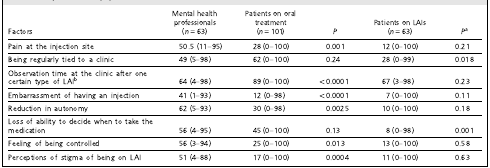
| Factors | Mental healthprofessionals(n = 63) | Patients on oraltreatment(n = 101) | P | Patients on LAIs(n = 63) | Pa |
 | --- | --- | --- | --- | --- | --- |
 | Pain at the injection site | 50.5 (11–95) | 28 (0–100) | 0.001 | 12 (0–100) | 0.21 |
 | Being regularly tied to a clinic | 49 (5–98) | 62 (0–100) | 0.24 | 28 (0–99) | 0.018 |
 | Observation time at the clinic after onecertain type of LAIb | 64 (4–98) | 89 (0–100) | <0.0001 | 67 (3–98) | 0.23 |
 | Embarrassment of having an injection | 41 (1–93) | 12 (0–98) | <0.0001 | 7 (0–100) | 0.11 |
 | Reduction in autonomy | 62 (5–93) | 30 (0–98) | 0.0025 | 10 (0–100) | 0.18 |
 | Loss of ability to decide when to take themedication | 56 (4–95) | 45 (0–100) | 0.13 | 8 (0–98) | 0.001 |
 | Feeling of being controlled | 56 (3–94) | 25 (0–100) | 0.013 | 13 (0–100) | 0.58 |
 | Perceptions of stigma of being on LAI | 51 (4–88) | 17 (0–100) | 0.0004 | 11 (0–100) | 0.63 |